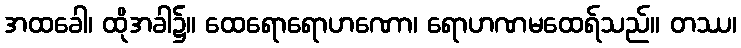
အထခေါ၊ ထိုအခါ၌။ ထေရောရောဟဏော၊ ရောဟဏမထေရ်သည်။ တဿ၊